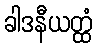
ခါဒနီယတ္ထံ